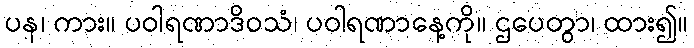
ပန၊ ကား။ ပဝါရဏာဒိဝသံ၊ ပဝါရဏာနေ့ကို။ ဌပေတွာ၊ ထား၍။